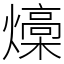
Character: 燺